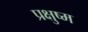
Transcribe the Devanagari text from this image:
प्रक्षुष्म